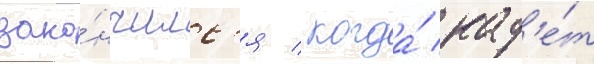
зако́нчилс'я / когда́ кад'е́т